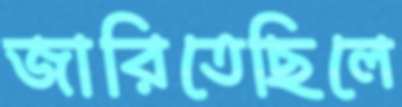
জারিতেছিলে